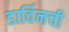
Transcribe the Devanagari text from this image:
डार्विनची